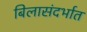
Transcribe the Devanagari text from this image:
बिलासंदर्भात